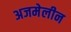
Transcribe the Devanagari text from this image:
अजमेलीन